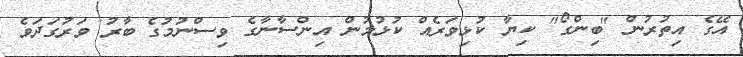
އޭގެ އިތުރުން "ބިންގޯ" ކިޔާ ކުޅިވަރެއް ކުޅުމުން އިންސާނާގެ ވިސްނުމުގެ ބާރު ވަރުގަދަވެ